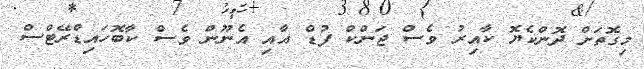
މިގޮތަށް ދޮންކެޔޮ ކާއިރު ވެސް ޖަންކް ފުޑް އާއި އެނޫން ވެސް ކާބޮހައިޑްރޭޓްސް